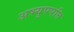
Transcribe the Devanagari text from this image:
अभ्युपपत्ति